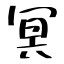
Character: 冥